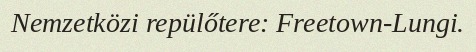
Nemzetközi repülőtere: Freetown-Lungi.